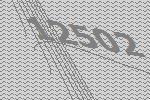
12502